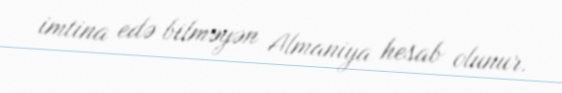
imtina edə bilməyən Almaniya hesab olunur.